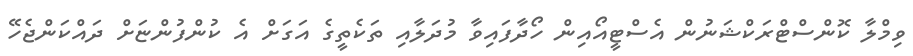
ވިމްލާ ކޮންސްޓްރަކްޝަނުން އެސްޓީއޯއިން ހޯދާފައިވާ މުދަލާއި ތަކެތީގެ އަގަށް އެ ކުންފުންޏަށް ދައްކަންޖެހޭ